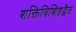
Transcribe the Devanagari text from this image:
शक्तिविशिष्टद्वैत